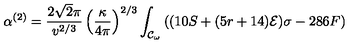
\alpha ^ { ( 2 ) } = \frac { 2 \sqrt { 2 } \pi } { v ^ { 2 / 3 } } \left( \frac { \kappa } { 4 \pi } \right) ^ { 2 / 3 } \int _ { { \cal { C } } _ { \omega } } { ( ( 1 0 S + ( 5 r + 1 4 ) { \cal { E } } ) \sigma - 2 8 6 F ) }